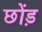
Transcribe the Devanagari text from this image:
छोंड़